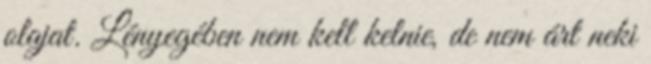
olajat. Lényegében nem kell kelnie, de nem árt neki